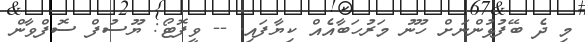
މި ދެ ބޭފުޅުންނަށް ހޫނު މަރުހަބާއެއް ކިޔާފައި. -- ވީފޮޓޯ: ޔޫސުފް ސޮފްވާން